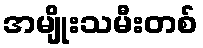
အမျိုးသမီးတစ်